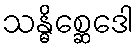
သန္ဓိစ္ဆေဒေါ